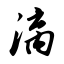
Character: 漓